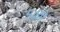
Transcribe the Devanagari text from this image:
५४वा